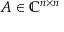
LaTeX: A \in \mathbb { C } ^ { n \times n }